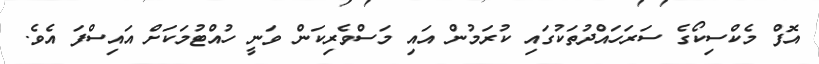
އޮފް މެކްސިކޯގެ ސަރަހައްދުތަކުގައި ކުރަމުން އައި މަސްވެރިކަން ވަނީ ހުއްޓުމަކަށް އައިސްފަ އެވެ.